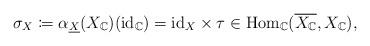
LaTeX: \begin{align*}\sigma_{X}\coloneqq\alpha_{\underline{X}}(X_{\mathbb{C}})(\mathrm{id}_{\mathbb{C}})=\mathrm{id}_{X}\times\tau\in\mathrm{Hom}_{\mathbb{C}}(\overline{X_{\mathbb{C}}},X_{\mathbb{C}}),\end{align*}